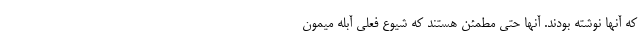
که آنها نوشته‌ بودند. آنها حتی مطمئن هستند که شیوع فعلی آبله میمون